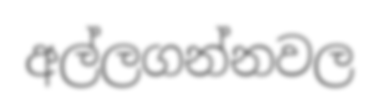
අල්ලගන්නවල